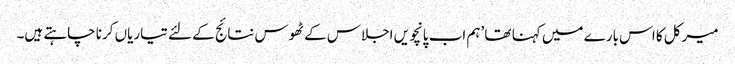
میرکل کا اس بارے میں کہنا تھا ’ہم اب پانچویں اجلاس کے ٹھوس نتائج کے لئے تیاریاں کرنا چاہتے ہیں۔